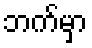
ဘက်မှာ